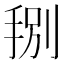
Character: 𭠻